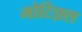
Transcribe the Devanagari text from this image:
मोटिफ़्स